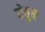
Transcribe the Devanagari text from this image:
येतून